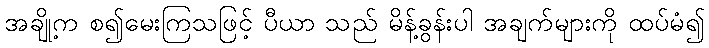
အချို့က စ၍မေးကြသဖြင့် ပီယာ သည် မိန့်ခွန်းပါ အချက်များကို ထပ်မံ၍